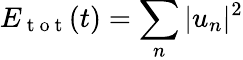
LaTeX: E_{\mathrm{~t~o~t~}}(t)=\sum_{n}|u_{n}|^{2}